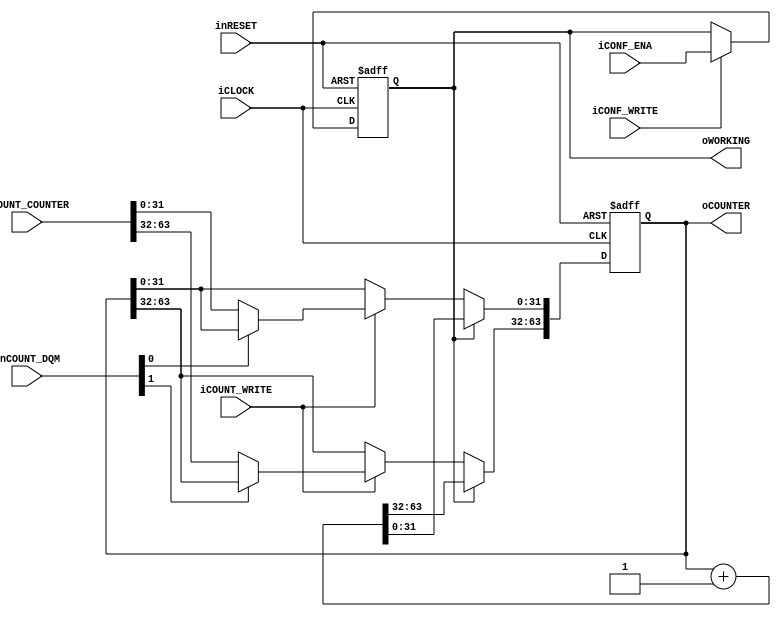
module main_counter(		
		input wire iCLOCK,
		input wire inRESET,
		input wire iCONF_WRITE,
		input wire iCONF_ENA,
		input wire iCOUNT_WRITE,
		input wire [1:0] inCOUNT_DQM,
		input wire [63:0] iCOUNT_COUNTER,
		output wire oWORKING,
		output wire [63:0] oCOUNTER
	);
	reg b_working;
	reg [63:0] b_counter;
	always@(posedge iCLOCK or negedge inRESET)begin
		if(!inRESET)begin
			b_working <= 1'b0;
			b_counter <= {64{1'b0}};
		end
		else begin
			if(iCONF_WRITE)begin
				b_working <= iCONF_ENA;
			end
			begin
				if(b_working)begin
					b_counter <= b_counter + 64'h00000001;
				end
				else begin
					if(iCOUNT_WRITE)begin
						b_counter[31:0] <= (!inCOUNT_DQM[0])? iCOUNT_COUNTER[31:0] : b_counter[31:0];
						b_counter[63:32] <= (!inCOUNT_DQM[1])? iCOUNT_COUNTER[63:32] : b_counter[63:32];
					end
				end
			end
		end
	end
	assign oCOUNTER = b_counter;
	assign oWORKING = b_working;
endmodule